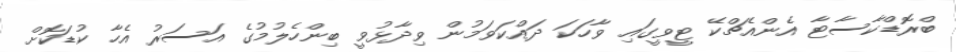
ބްރޮޑްކާސާޓާ އެންއެޗްކޭ ޓީވީގައި ވާހަކަ ދައްކަވަމުން ވިދާޅުވީ ބިންހެލުމުގެ އަސަރު އެހާ ކުޑަކޮށް